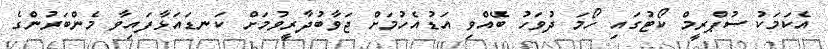
އެކަމަކު ސުޕްރީމް ކޯޓުގައި ހޯމަ ދުވަހު ބޭއްވި އަޑުއެހުމަށް ޖަވާބުދާރީވުމަށް ކަނޑައަޅާފައިވާ މެންބަރުންގެ